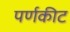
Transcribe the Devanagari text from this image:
पर्णकीट